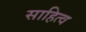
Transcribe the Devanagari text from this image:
साहित्व